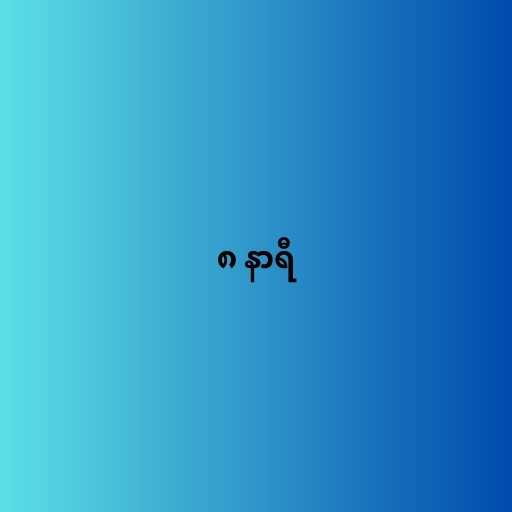
၈ နာရီ